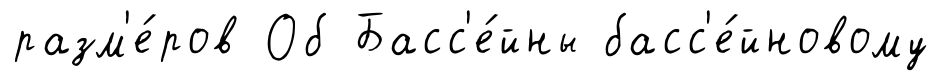
разм'е́ров Об Басс'е́йны басс'е́йновому